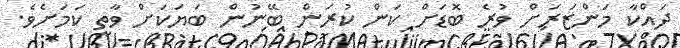
ދައްކާ މަންޒަރަށް ވުރެ ބޮޑަށް ކަން ކުރަން ބޭނުން ބަޔަކަށް ވާތީ ކަމަށެވެ.